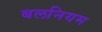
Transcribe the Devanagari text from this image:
बलनियम